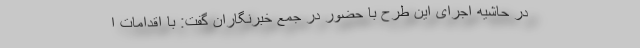
در حاشیه اجرای این طرح با حضور در جمع خبرنگاران گفت: با اقدامات ا